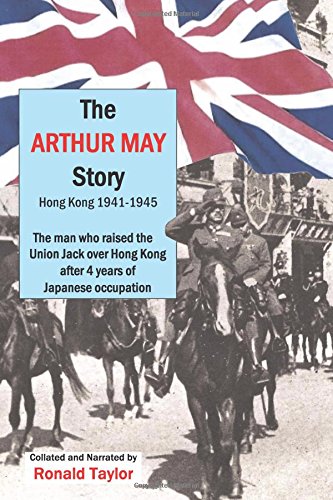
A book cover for The Arthur May Story: Hong Kong 1941-45; Mr Ronald Taylor; History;